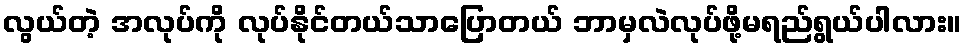
လွယ်တဲ့ အလုပ်ကို လုပ်နိုင်တယ်သာပြောတယ် ဘာမှလဲလုပ်ဖို့မရည်ရွယ်ပါလား။